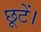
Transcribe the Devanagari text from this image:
छूटें।